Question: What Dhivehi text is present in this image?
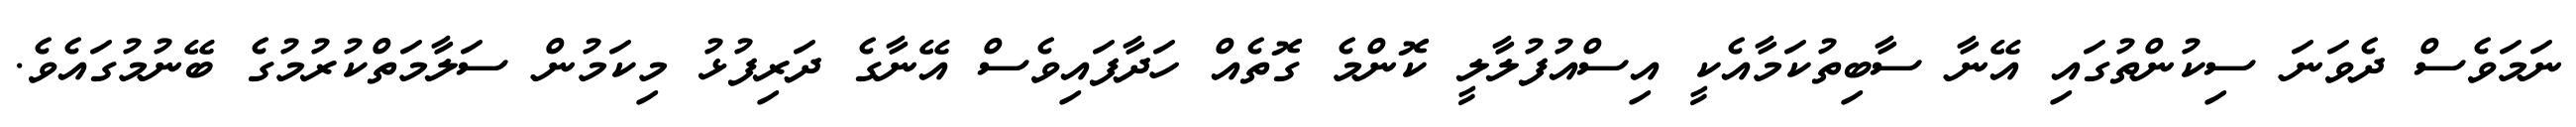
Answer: ނަމަވެސް ދެވަނަ ސިކުންތުގައި އޭނާ ސާބިތުކަމާއެކީ އިސްއުފުލާލީ ކޮންމެ ގޮތެއް ހަދާފައިވެސް އޭނާގެ ދަރިފުޅު މިކަމުން ސަލާމަތްކުރުމުގެ ބޭނުމުގައެވެ.